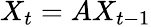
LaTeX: X_{t}=AX_{t-1}